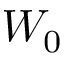
W _ { 0 }